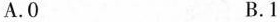
A. 0 B.1